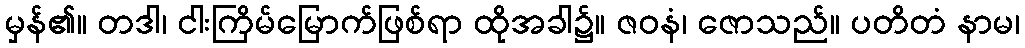
မှန်၏။ တဒါ၊ ငါးကြိမ်မြောက်ဖြစ်ရာ ထိုအခါ၌။ ဇဝနံ၊ ဇောသည်။ ပတိတံ နာမ၊